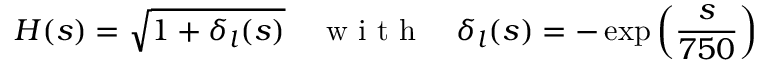
H ( s ) = \sqrt { 1 + \delta _ { l } ( s ) } \quad \mathrm { ~ w ~ i ~ t ~ h ~ } \quad \delta _ { l } ( s ) = - \exp \left( \frac { s } { 7 5 0 } \right)